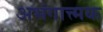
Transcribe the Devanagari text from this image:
अभंगात्त्मक